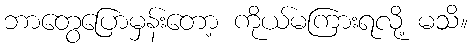
ဘာတွေပြောမှန်းတော့ ကိုယ်မကြားရလို့ မသိ။